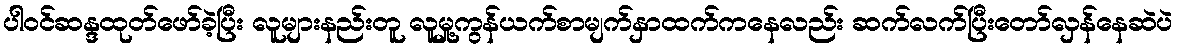
ပါဝင်ဆန္ဒထုတ်ဖော်ခဲ့ပြီး လူများနည်းတူ လူမှု့ကွန်ယက်စာမျက်နှာထက်ကနေလည်း ဆက်လက်ပြီးတော်လှန်နေဆဲပဲ